Scientific memoirs by medical officers of the Army of India - Part XII,
Year: 1901
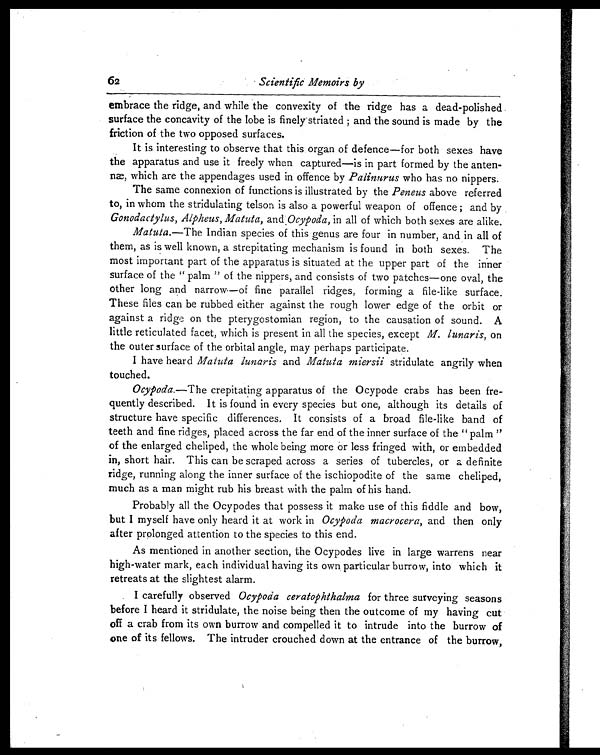
62
Scientific Memoirs by
embrace the ridge, and while the convexity of the ridge has a dead-polished
surface the concavity of the lobe is finely striated ; and the sound is made by the
friction of the two opposed surfaces.
It is interesting to observe that this organ of defence—for both sexes have
the apparatus and use it freely when captured—is in part formed by the
a n t e n n æ , w h i c h a r e t h e a p p e n d a g e s u s e d i n o f f e n c e b yP
a l i n u r u s
w h o h a s n o n i p p e r s .
The same connexion of functions is illustrated by the Peneus above referred
to, in whom the stridulating telson is also a powerful weapon of offence ; and by
Gonodactylus, Alpheus, Matuta, and Ocypoda, in all of which both sexes are alike.
Matuta.—The Indian species of this genus are four in number, and in all of
them, as is well known, a strepitating mechanism is found in both sexes. The
most important part of the apparatus is situated at the upper part of the inner
surface of the " palm " of the nippers, and consists of two patches—one oval, the
other long and narrow—of fine parallel ridges, forming a file-like surface.
These files can be rubbed either against the rough lower edge of the orbit or
against a ridge, on the pterygostomian region, to the causation of sound. A
little reticulated facet, which is present in all the species, except M. lunaris, on
the outer surface of the orbital angle, may perhaps participate.
I have heard Matuta lunaris and Matuta miersii stridulate angrily when
touched.
Ocypoda.— The crepitating apparatus of the Ocypode crabs has been fre-
quently described. It is found in every species but one, although its details of
structure have specific differences. It consists of a broad file-like band of
teeth and fine ridges, placed across the far end of the inner surface of the " palm "
of the enlarged cheliped, the whole being more or less fringed with, or embedded
in, short hair. This can be scraped across a series of tubercles, or a definite
ridge, running along the inner surface of the ischiopodite of the same cheliped,
much as a man might rub his breast with the palm of his hand.
Probably all the Ocypodes that possess it make use of this fiddle and bow,
but I myself have only heard it at work in Ocypoda macrocera, and then only
after prolonged attention to the species to this end.
As mentioned in another section, the Ocypodes live in large warrens near
high-water mark, each individual having its own particular burrow, into which it
retreats at the slightest alarm.
I carefully observed Ocypoda ceratophthalma for three surveying seasons
before I heard it stridulate, the noise being then the outcome of my having cut
off a crab from its own burrow and compelled it to intrude into the burrow of
one of its fellows. The intruder crouched down at the entrance of the burrow,